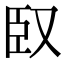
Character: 臤